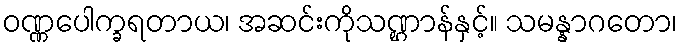
ဝဏ္ဏပေါက္ခရတာယ၊ အဆင်းကိုသဏ္ဌာန်နှင့်။ သမန္နာဂတော၊